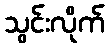
သွင်းလိုက်